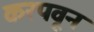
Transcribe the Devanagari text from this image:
करपवून